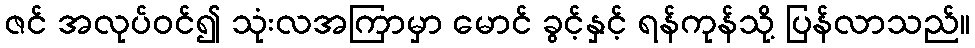
ဇင် အလုပ်ဝင်၍ သုံးလအကြာမှာ မောင် ခွင့်နှင့် ရန်ကုန်သို့ ပြန်လာသည်။